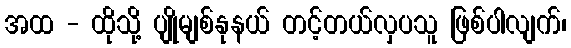
အထ - ထိုသို့ ပျိုမျစ်နုနယ် တင့်တယ်လှပသူ ဖြစ်ပါလျက်၊